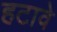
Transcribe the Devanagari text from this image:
हटावे